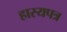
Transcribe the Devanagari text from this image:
हास्यपत्र